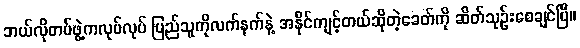
ဘယ်လိုတပ်ဖွဲ့ကလုပ်လုပ် ပြည်သူကိုလက်နက်နဲ့ အနိုင်ကျင့်တယ်ဆိုတဲ့ခေတ်ကို ဆိတ်သုဉ်းစေချင်ပြီ။